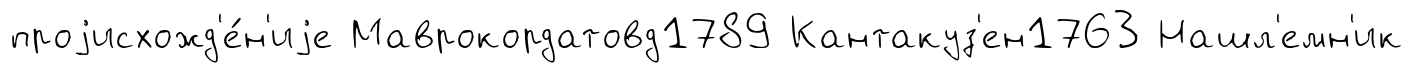
проjисхожд'е́н'иjе Маврокордатовд1789 Кантакуз'ен1763 Нашл'емн'ик